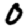
Digit: 0